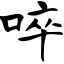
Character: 啐